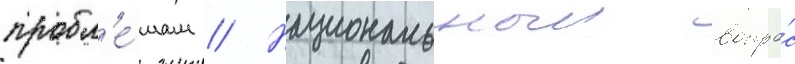
пробл'е́мам // Национальныи вопро́с